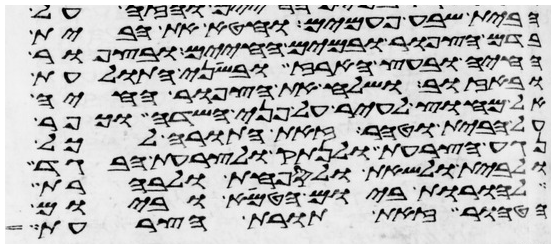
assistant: הבית שבע פעמים וחטא את הבית
בדם הצפור ובמים החיים ובצפור
החיה ובעץ הארז ובשני התולעת
ובאזוב ושלח את הצפור החיה
אל מחוץ לעיר על פני השדה וכפר
על הבית וטהר זאת התורה לכל
נגע הצרעת ולנתק ולצרעת הבגד
ולבית ולשאת ולספחת ולבהרת
להורות ביום הטמא וביום
הטהור זאת תורת הצרעת